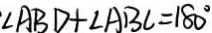
\angle A B D + \angle A B C = 1 8 0 ^ { \circ }